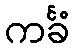
ကင်္ခံ